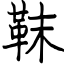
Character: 靺